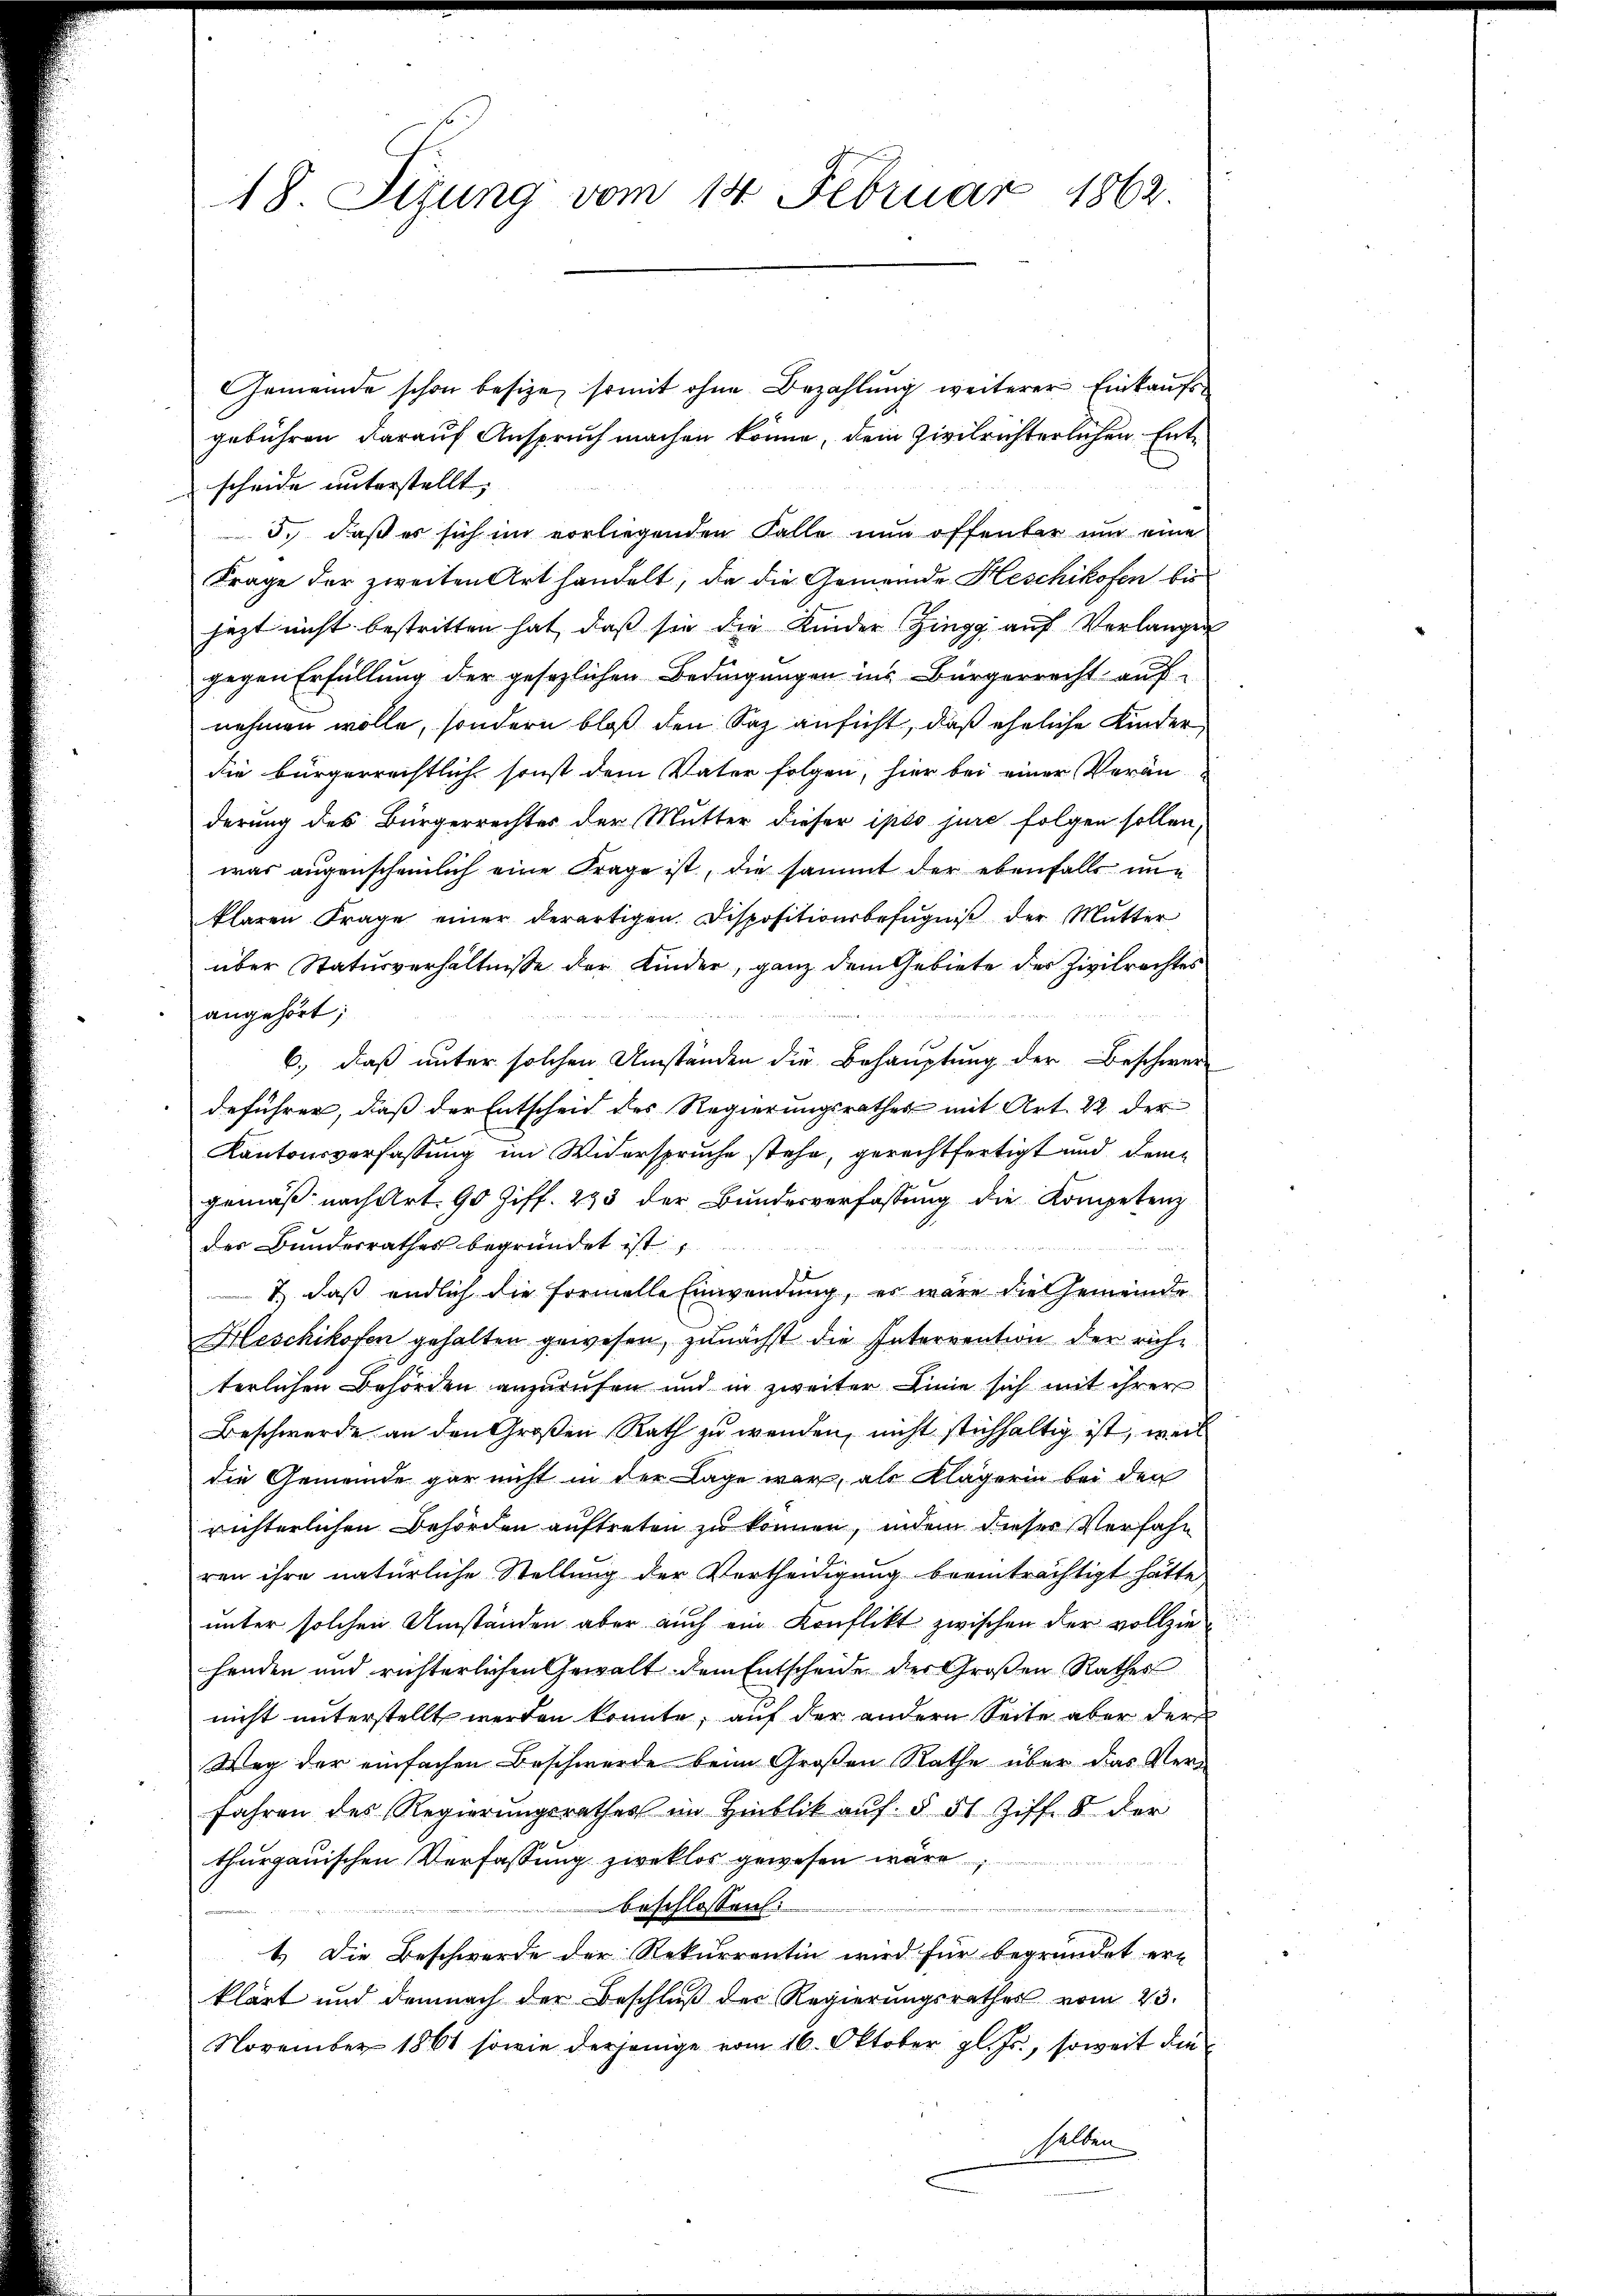
18. Seiung vom 14. Februar 1862.

Gemeinde schon besize, somit ohne Bezahlung weiterer Einkaufsgebühren darauf Anspruch machen könne, dem Zivilrichterlichen Entscheide unterstellt. |
3., daß es sich im vorliegenden Falle nun offenbar und eine
Frage der zweiten Art handelt, da die Gemeinde Heschikofen be
jezt nicht bestritten hat, daß sie die Kinder Zingg aŭf Verlangen
gegen Erfüllung der gesezlichen Bedingungen ins Bürgerrecht auf
nehmen wolle, sondern bloß den Saz ansicht, daß eheliche Kinder
die bürgerrechtlich sonst dem Vater folgen, hier bei einer Verän-
derung des Bürgerrechtes der Mutter dieser ipso jure folgen sollen,
was augenscheinlich eine Frage ist, die sammt der ebenfalls unklaren Frage einer derartigen Dispositionsbefugniß der Mutter
über Statusverhältnisse der Kinder, ganz dem Gebiete des Zivilrechtes
angehört;
6., daß unter solchen Umständen die Behauptung der Beschwer
deführer, daß der Entscheid des Regierungsrathes mit Art. 22 der
Kantonsverfassung im Widerspruche stehe, gerechtfertigt und dem
gemäß nach Art. 90 Ziff. 293 der Bundesverfassung die Kompetenz
des Bundesrathes begründet ist,
1.) daß endlich die formelle Einwendung, es wäre die Gemeinde
Heschikofen gehalten gewesen, zunächst die Interrention der richterlichen Behörden anzurufen und in zweiter Linie sich mit ihrer
Beschwerde an den Großen Rath zu wenden, nicht stichhaltig ist, weil
die Gemeinde gar nicht in der Lage war, als Klägerin bei den
richterlichen Behörden auftreten zu können, indem dieser Verfahr
ren ihre natürliche Stellung der Vertheidigung beeinträchtigt hätte
unter solchen Umständen aber auch ein Konflikt zwischen der vollziehenden und richterlichen Gewalt dem Entscheide der Großen Rathes
nicht unterstellt werden konnte, auf der andern Seite aber der
Weg der einfachen Beschwerde beim Großen Rathe über das Verfahren des Regierungsrathes im Hinblik aŭf § 51 Ziff. 8 der
thurgauischen Verfassung zweklos gewesen wäre
beschlossen:
1.) Die Beschwerde der Rekurrentin wird für begründet er-
klärt und demnach der Beschluß der Regierungsrathes vom 23.
November 1861 sowie derjenige vom 16. Oktober pl. Js., soweit die
halben